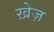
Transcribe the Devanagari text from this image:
ख़ेज़